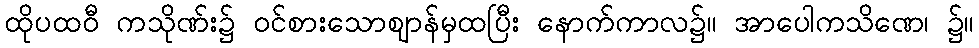
ထိုပထဝီ ကသိုဏ်း၌ ဝင်စားသောဈာန်မှထပြီး နောက်ကာလ၌။ အာပေါကသိဏေ၊ ၌။